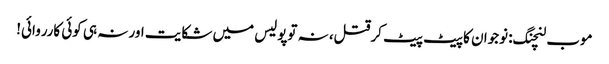
موب لنچنگ: نوجوان کا پیٹ پیٹ کرقتل، نہ توپولیس میں شکایت اور نہ ہی کوئی کارروائی!